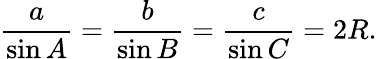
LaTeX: {\frac{a}{\sin A}}={\frac{b}{\sin B}}={\frac{c}{\sin C}}=2R.